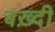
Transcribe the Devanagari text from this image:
बख़्दी